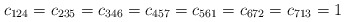
\begin{align*}c_{124}=c_{235}=c_{346}=c_{457}=c_{561}=c_{672}=c_{713}=1\end{align*}